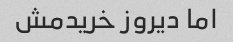
اما دیروز خریدمش